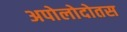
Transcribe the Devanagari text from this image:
अपोलोदोतस